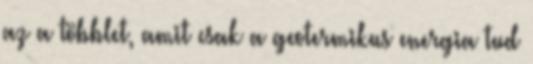
az a többlet, amit csak a geotermikus energia tud